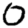
Digit: 0